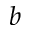
b